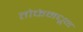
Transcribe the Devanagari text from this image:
तोफेमधून